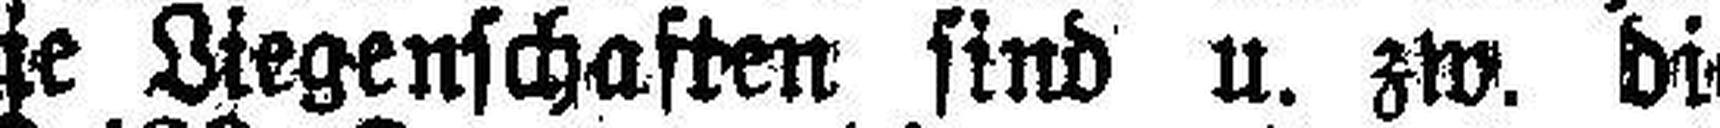
hauses Nr. 431. Die Liegenschaften sind u. zw. die